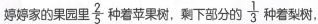
婷婷家的果园里\frac{2}{5}种着苹果树，剩下部分的\frac{1}{3}种着梨树，